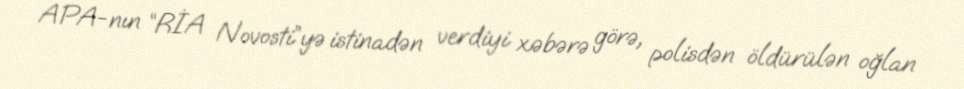
APA-nın “RİA Novosti”yə istinadən verdiyi xəbərə görə, polisdən öldürülən oğlan